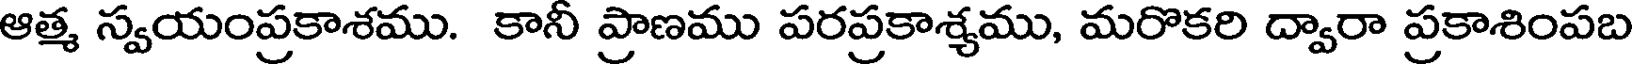
ఆత్మ స్వయంప్రకాశము. కానీ ప్రాణము పరప్రకాశ్యము, మరొకరి ద్వారా ప్రకాశింపబ